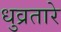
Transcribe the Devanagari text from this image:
धुव्रतारे